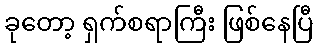
ခုတော့ ရှက်စရာကြီး ဖြစ်နေပြီ